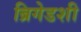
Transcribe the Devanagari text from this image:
ब्रिगेडशी